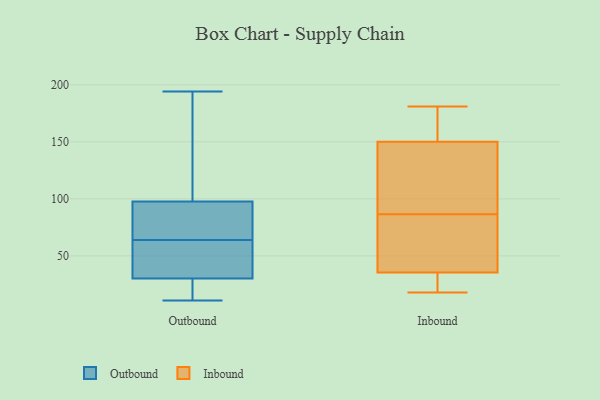
{"axis": {"x": "Latency (ms)", "y": "Value"}, "legend": ["Inbound", "Outbound"], "data": [{"x": "", "y": 143, "type": "Outbound"}, {"x": "", "y": 86, "type": "Outbound"}, {"x": "", "y": 98, "type": "Outbound"}, {"x": "", "y": 31, "type": "Outbound"}, {"x": "", "y": 89, "type": "Outbound"}, {"x": "", "y": 64, "type": "Outbound"}, {"x": "", "y": 179, "type": "Outbound"}, {"x": "", "y": 41, "type": "Outbound"}, {"x": "", "y": 71, "type": "Outbound"}, {"x": "", "y": 44, "type": "Outbound"}, {"x": "", "y": 37, "type": "Outbound"}, {"x": "", "y": 194, "type": "Outbound"}, {"x": "", "y": 22, "type": "Outbound"}, {"x": "", "y": 105, "type": "Outbound"}, {"x": "", "y": 97, "type": "Outbound"}, {"x": "", "y": 30, "type": "Outbound"}, {"x": "", "y": 27, "type": "Outbound"}, {"x": "", "y": 18, "type": "Outbound"}, {"x": "", "y": 11, "type": "Outbound"}, {"x": "", "y": 132, "type": "Inbound"}, {"x": "", "y": 181, "type": "Inbound"}, {"x": "", "y": 46, "type": "Inbound"}, {"x": "", "y": 89, "type": "Inbound"}, {"x": "", "y": 108, "type": "Inbound"}, {"x": "", "y": 35, "type": "Inbound"}, {"x": "", "y": 28, "type": "Inbound"}, {"x": "", "y": 37, "type": "Inbound"}, {"x": "", "y": 172, "type": "Inbound"}, {"x": "", "y": 98, "type": "Inbound"}, {"x": "", "y": 36, "type": "Inbound"}, {"x": "", "y": 168, "type": "Inbound"}, {"x": "", "y": 180, "type": "Inbound"}, {"x": "", "y": 84, "type": "Inbound"}, {"x": "", "y": 18, "type": "Inbound"}, {"x": "", "y": 33, "type": "Inbound"}]}